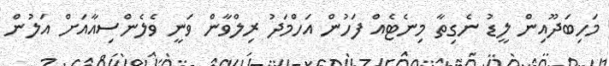
މަހިބަދޫއިން ލީޑު ނެގިތާ މިނެޓެއް ފަހުން އަހްމަދު ރިލްވާން ވަނީ ވެލެންސިއާއަށް އަލުން